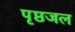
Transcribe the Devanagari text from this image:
पृष्ठजल